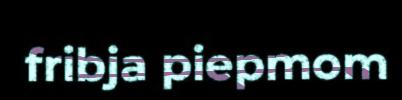
fribja piepmom